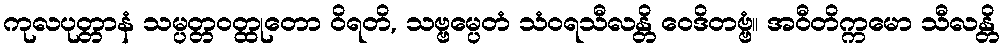
ကုလပုတ္တာနံ သမ္ပတ္တဝတ္ထုတော ဝိရတိ, သဗ္ဗမ္ပေတံ သံဝရသီလန္တိ ဝေဒိတဗ္ဗံ။ အဝီတိက္ကမော သီလန္တိ